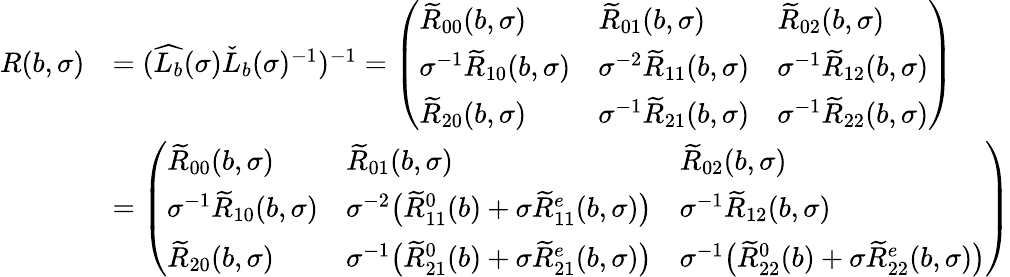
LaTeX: \begin{array}{rl}{R(b,\sigma)}&{=(\widehat{L_{b}}(\sigma)\check{L}_{b}(\sigma)^{-1})^{-1}=\left(\begin{array}{lll}{\widetilde{R}_{00}(b,\sigma)}&{\widetilde{R}_{01}(b,\sigma)}&{\widetilde{R}_{02}(b,\sigma)}\\ {\sigma^{-1}\widetilde{R}_{10}(b,\sigma)}&{\sigma^{-2}\widetilde{R}_{11}(b,\sigma)}&{\sigma^{-1}\widetilde{R}_{12}(b,\sigma)}\\ {\widetilde{R}_{20}(b,\sigma)}&{\sigma^{-1}\widetilde{R}_{21}(b,\sigma)}&{\sigma^{-1}\widetilde{R}_{22}(b,\sigma)}\end{array}\right)}\\ &{=\left(\begin{array}{lll}{\widetilde{R}_{00}(b,\sigma)}&{\widetilde{R}_{01}(b,\sigma)}&{\widetilde{R}_{02}(b,\sigma)}\\ {\sigma^{-1}\widetilde{R}_{10}(b,\sigma)}&{\sigma^{-2}\big(\widetilde{R}_{11}^{0}(b)+\sigma\widetilde{R}_{11}^{e}(b,\sigma)\big)}&{\sigma^{-1}\widetilde{R}_{12}(b,\sigma)}\\ {\widetilde{R}_{20}(b,\sigma)}&{\sigma^{-1}\big(\widetilde{R}_{21}^{0}(b)+\sigma\widetilde{R}_{21}^{e}(b,\sigma)\big)}&{\sigma^{-1}\big(\widetilde{R}_{22}^{0}(b)+\sigma\widetilde{R}_{22}^{e}(b,\sigma)\big)}\end{array}\right)}\end{array}